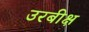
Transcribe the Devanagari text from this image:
उरबीक्ष